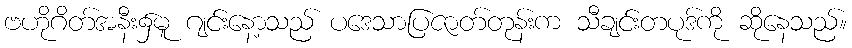
ဗဟိုဂိတ်အနီး၌မူ ဂျင်းနော့သည် ပဒေသာပြဇာတ်တုန်းက သီချင်းတပုဒ်ကို ဆိုနေသည်။